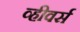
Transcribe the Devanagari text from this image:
व्हीवर्स